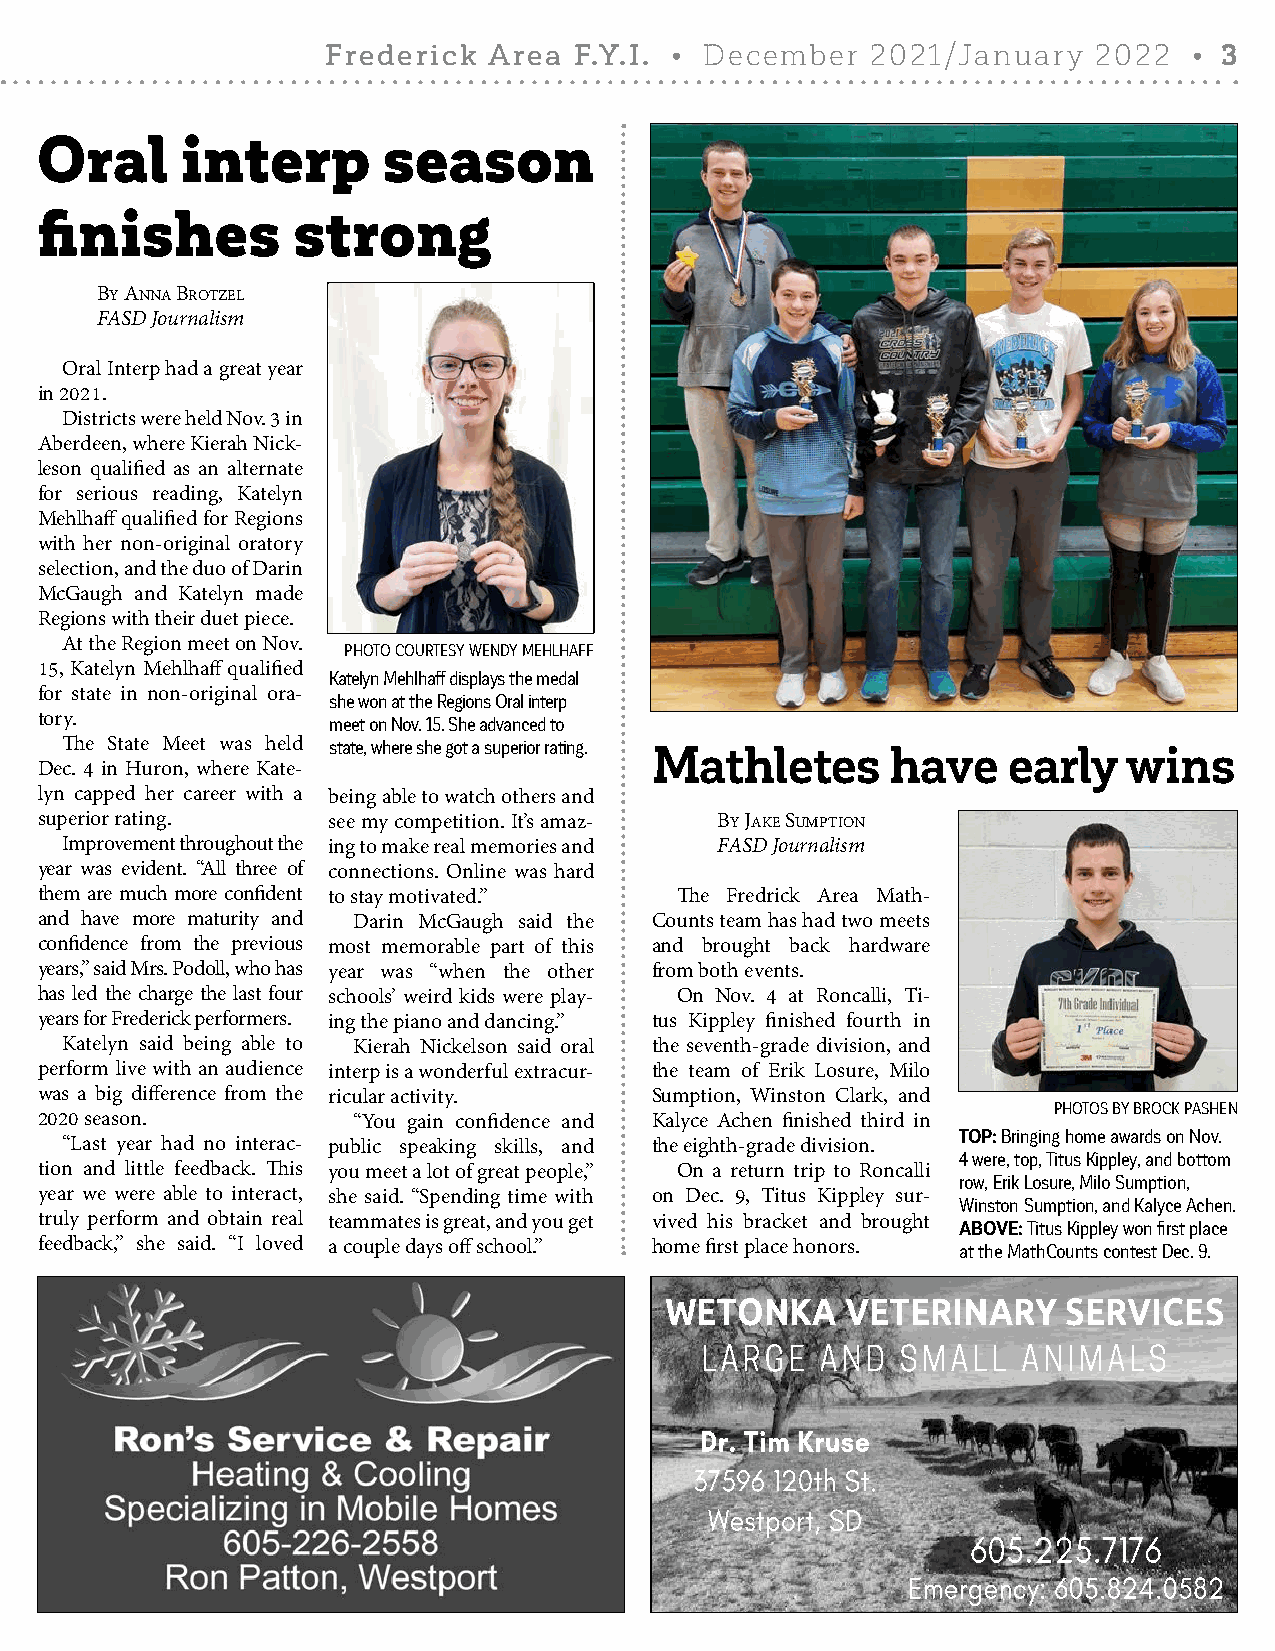
Frederick Area  F.Y.I. • December  2021/January   2022   • 3
 Oral      interp       season
 finishes         strong
 By anna Brotzel
 FASD Journalism
 Oral Interp had a great year
 in 2021.
 Districts were held Nov. 3 in
 Aberdeen, where Kierah Nick-
 leson qualified as an alternate
 for serious reading, Katelyn
 Mehlhaff qualified for Regions
 with her non-original oratory
 selection, and the duo of Darin
 McGaugh and Katelyn made
 Regions with their duet piece.
 At the Region meet on Nov. PHOTO COURTESY WENDY MEHLHAFF
 15, Katelyn Mehlhaff qualified
 Katelyn Mehlhaff displays the medal
 for state in non-original ora- she won at the Regions Oral interp
 tory.               meet on Nov. 15. She advanced to
 The State Meet was held state, where she got a superior rating.
 Mathletes       have    early   wins
 Dec. 4 in Huron, where Kate-
 lyn capped her career with a being able to watch others and
 superior rating.    see my competition. It’s amaz- By Jake Sumption
 Improvement throughout the ing to make real memories and FASD Journalism
 year was evident. “All three of connections. Online was hard
 them are much more confident to stay motivated.” The Fredrick Area Math-
 and have more maturity and Darin McGaugh said the Counts team has had two meets
 confidence from the previous most memorable part of this and brought back hardware
 years,” said Mrs. Podoll, who has year was “when the other from both events.
 has led the charge the last four schools’ weird kids were play- On Nov. 4 at Roncalli, Ti-
 years for Frederick performers. ing the piano and dancing.” tus Kippley finished fourth in
 Katelyn said being able to Kierah Nickelson said oral the seventh-grade division, and
 perform live with an audience interp is a wonderful extracur- the team of Erik Losure, Milo
 was a big difference from the ricular activity. Sumption, Winston Clark, and
 PHOTOS BY BROCK PASHEN
 2020 season.         “You gain confidence and Kalyce Achen finished third in
 TOP: Bringing home awards on Nov.
 “Last year had no interac- public speaking skills, and the eighth-grade division.
 4 were, top, Titus Kippley, and bottom
 tion and little feedback. This you meet a lot of great people,” On a return trip to Roncalli
 row, Erik Losure, Milo Sumption,
 year we were able to interact, she said. “Spending time with on Dec. 9, Titus Kippley sur- Winston Sumption, and Kalyce Achen.
 truly perform and obtain real teammates is great, and you get vived his bracket and brought ABOVE: Titus Kippley won first place
 feedback,” she said. “I loved a couple days off school.” home first place honors. at the MathCounts contest Dec. 9.
 WETONKA     VETERINARY     SERVICES
 LARGE   AND   SMALL   ANIMALS
 Dr. Tim Kruse
 37596 120th St.
 Westport, SD
 605.225.7176
 Emergency: 605.824.0582